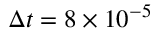
\Delta t = 8 \times 1 0 ^ { - 5 }